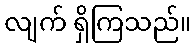
လျက် ရှိကြသည်။